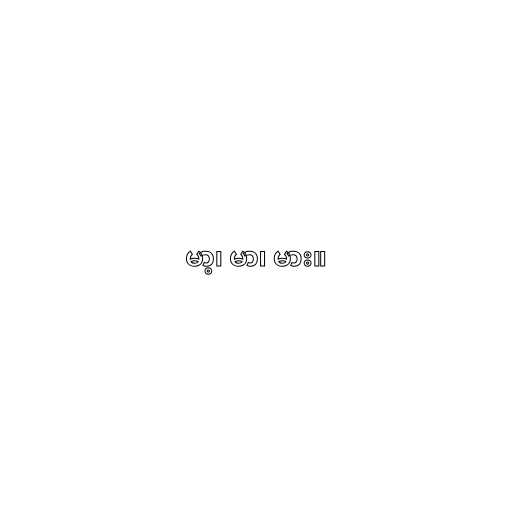
မာ့၊ မာ၊ မား။